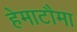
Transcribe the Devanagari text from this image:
हेमाटौमा